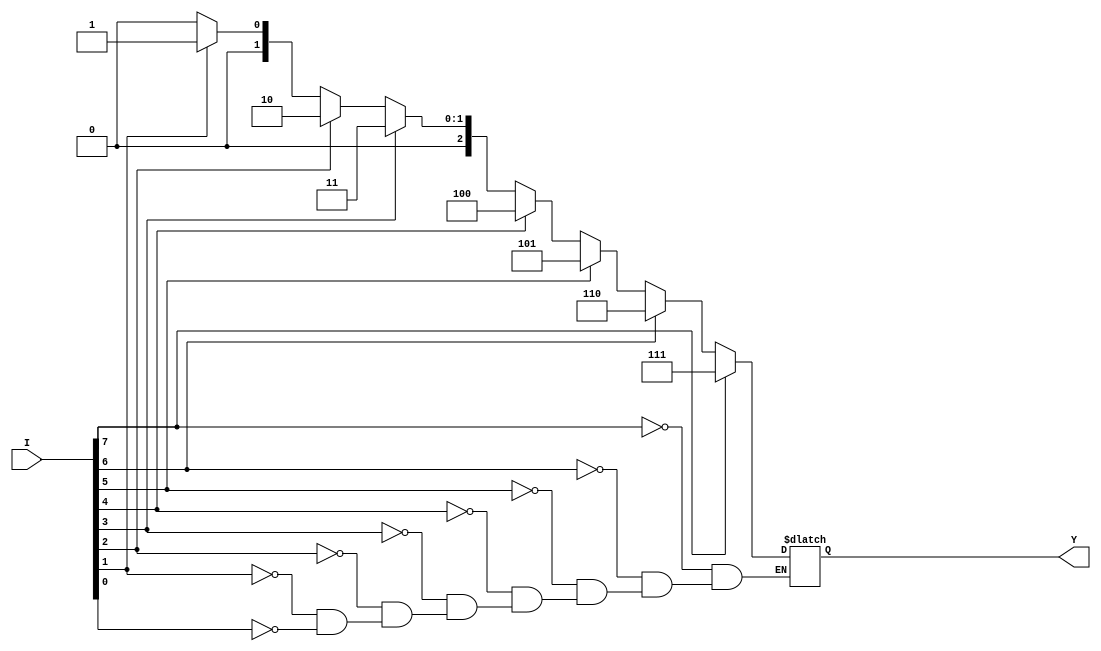
module priority_encoder(input [7:0] I, output reg [2:0] Y);
    
    always @* begin
        case (1'b1)
            I[7]: Y = 3'b111;
            I[6]: Y = 3'b110;
            I[5]: Y = 3'b101;
            I[4]: Y = 3'b100;
            I[3]: Y = 3'b011;
            I[2]: Y = 3'b010;
            I[1]: Y = 3'b001;
            I[0]: Y = 3'b000;
        endcase
    end

endmodule